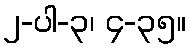
၂-ပါ-၃၊ ၄-၃၅။